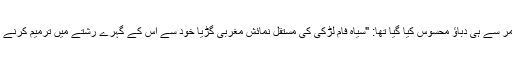
ابتدائی عمر سے ہی دباؤ محسوس کیا گیا تھا: "سیاہ فام لڑکی کی مستقل نمائش مغربی گڑیا خود سے اس کے گہرے رشتے میں ترمیم کرنے کا خطرہ۔